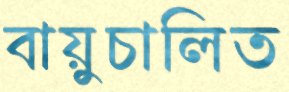
বায়ুচালিত